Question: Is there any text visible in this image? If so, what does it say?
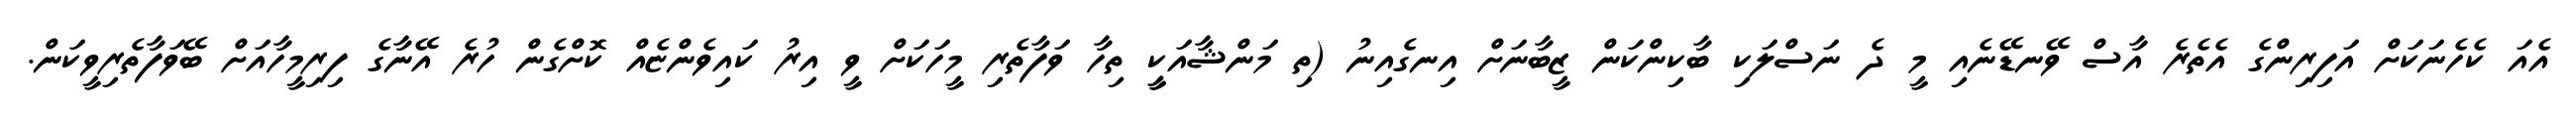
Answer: އެއަ ކެހެނަކަށް އަފިރިންގެ އެތެރެ އާސް ވޭނޑޭނެއި މީ ދެ ނަސްލަކި ބާކިންކަން ޒީބާނަށް އިނގެއިނު (ތި މަންޝާއަކީީ ތިހާ ވަފާތެރި މީހަކަށް ވީ އިރު ކައިވެންޏެއް ކޮށްގެން ހުރެ އޭނާގެ ފިރިމީހާއަށް ބޭވަފާތެރިވީކަން.